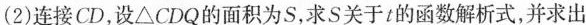
(2)连接CD，设△CDQ的面积为S，求S关于t的函数解析式，并求出